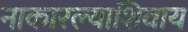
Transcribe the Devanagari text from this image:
नाकारल्याशिवाय